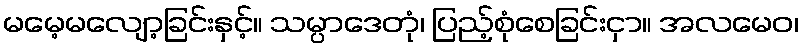
မမေ့မလျော့ခြင်းနှင့်။ သမ္ပာဒေတုံ၊ ပြည့်စုံစေခြင်းငှာ။ အလမေဝ၊